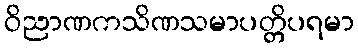
ဝိညာဏကသိဏသမာပတ္တိပရမာ